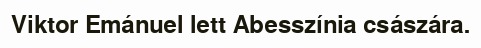
Viktor Emánuel lett Abesszínia császára.